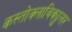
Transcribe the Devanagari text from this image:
कस्तोक्लाविक्युलर